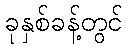
ခုနှစ်ခန့်တွင်